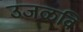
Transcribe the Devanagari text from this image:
उजळवि